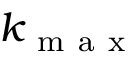
k _ { \mathrm { ~ m ~ a ~ x ~ } }